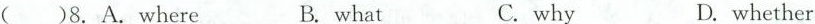
( )8.A.where B. what C.why D. whether